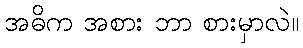
အဓိက အစား ဘာ စားမှာလဲ။